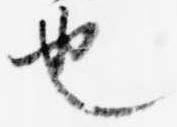
也